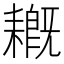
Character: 𦔙